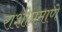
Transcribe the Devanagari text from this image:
राशीप्रमाणे